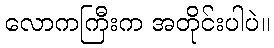
လောကကြီးက အတိုင်းပါပဲ။